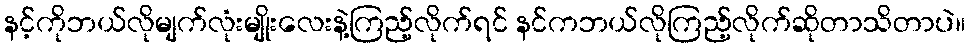
နင့်ကိုဘယ်လိုမျက်လုံးမျိုးလေးနဲ့ကြည့်လိုက်ရင် နင်ကဘယ်လိုကြည့်လိုက်ဆိုတာသိတာပဲ။